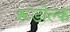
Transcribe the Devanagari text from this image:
रूडोल्क